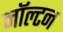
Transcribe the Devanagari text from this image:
नॉल्टन